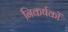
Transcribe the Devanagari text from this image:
निकर्षकों